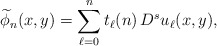
\begin{align*}\widetilde{\phi}_{n}(x,y)=\sum_{\ell=0}^n t_\ell(n)\,D^s u_\ell(x,y),\end{align*}